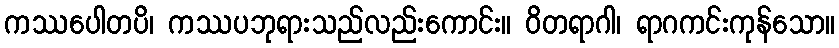
ကဿပေါတပိ၊ ကဿပဘုရားသည်လည်းကောင်း။ ဝိတရာဂါ၊ ရာဂကင်းကုန်သော။